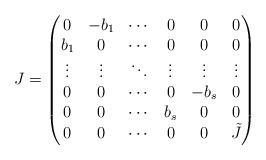
LaTeX: \begin{align*}J=\left(\begin{matrix} 0 & -b_1 & \cdots & 0 & 0 & 0 \\ b_1 & 0 & \cdots & 0 & 0 & 0 \\ \vdots & \vdots & \ddots & \vdots& \vdots & \vdots\\ 0 & 0 & \cdots & 0 & -b_s &0 \\ 0 & 0 & \cdots & b_s & 0 & 0\\ 0 & 0 & \cdots & 0 & 0 & \tilde J\end{matrix}\right)\end{align*}